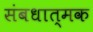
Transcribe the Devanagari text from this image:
संबधात्मक